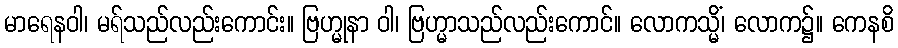
မာရေနဝါ၊ မရ်သည်လည်းကောင်း။ ဗြဟ္မုနာ ဝါ၊ ဗြဟ္မာသည်လည်းကောင်။ လောကသ္မိံ၊ လောက၌။ ကေနစိ